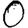
Digit: 0